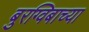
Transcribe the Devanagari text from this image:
बुरग्विबाच्या